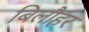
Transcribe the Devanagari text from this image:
बिलौहर